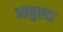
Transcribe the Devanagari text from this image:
आवुरदा